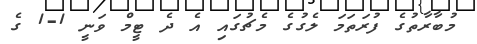
މުބާރާތުގެ ފުރަތަމަ ލެގުގެ މެޗުގައި އެ ދެ ޓީމް ވަނީ 1-1 ގެ